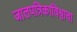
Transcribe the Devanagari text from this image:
जालपत्रिकाविश्वाचा